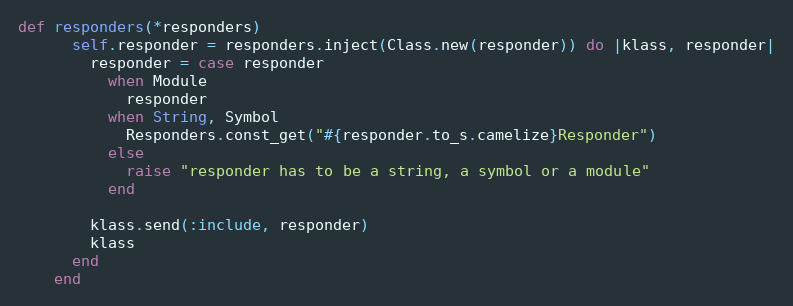
Language: Ruby
def responders(*responders)
      self.responder = responders.inject(Class.new(responder)) do |klass, responder|
        responder = case responder
          when Module
            responder
          when String, Symbol
            Responders.const_get("#{responder.to_s.camelize}Responder")
          else
            raise "responder has to be a string, a symbol or a module"
          end

        klass.send(:include, responder)
        klass
      end
    end